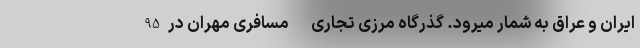
ایران و عراق به شمار میرود. گذرگاه مرزی تجاری - مسافری مهران در 95